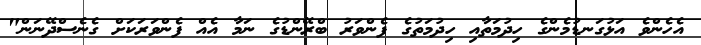
އެހެންވެ އަޅުގަނޑުމެންގެ ހިދުމަތާއި ހިދުމަތުގެ ފެންވަރު ބްރޭންޑުގެ ނަމާ އެއް ފެންވަރަކަށް ގެނެސްދޭނަން"